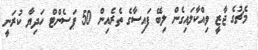
މެޗުގެ ޖާޒީ ވިއްކާލައިގެން ލިބޭ ފައިސާގެ ތެރެއިން 50 ޕަސެންޓް ހަދިޔާ ކުރަނީ